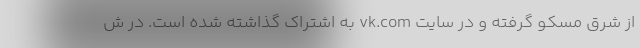
از شرق مسکو گرفته و در سایت vk.com به اشتراک گذاشته شده است. در ش